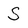
Character: S